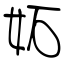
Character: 妬